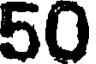
50